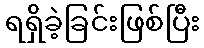
ရရှိခဲ့ခြင်းဖြစ်ပြီး